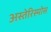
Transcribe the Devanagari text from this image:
अस्तेरिस्मोस